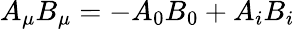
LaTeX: A_{\mu}B_{\mu}=-A_{0}B_{0}+A_{i}B_{i}